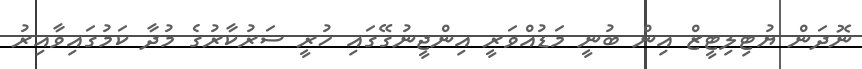
ނޮދަން ޔުޓިލިޓީޒް އިން ބުނީ މަޑުއްވަރީ އިންޖީނުގޭގައި ހުރީ ސަރުކާރުގެ މުދާ ކަމުގައިވާއިރު